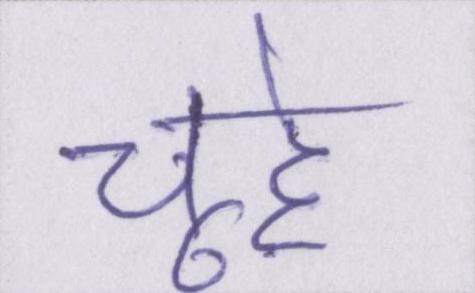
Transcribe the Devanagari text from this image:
चूहे